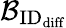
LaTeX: \mathcal{B}_{\textrm{ID}_{\textrm{diff}}}